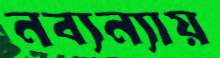
নব্যন্যায়